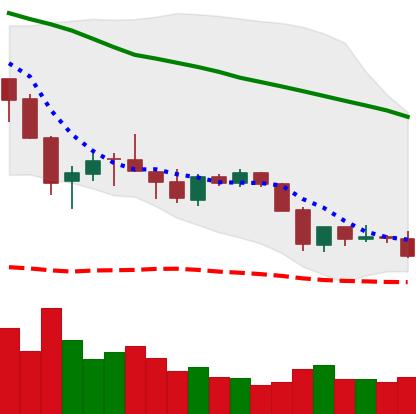
Ticker: ETC-USD
Chart end date: 2018-05-28
Forward return: 9.85%
Label: up_7plus